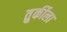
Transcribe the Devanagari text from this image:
तुर्कीला